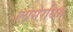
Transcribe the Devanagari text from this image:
ग्लासेरयिम